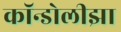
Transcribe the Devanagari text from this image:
कॉन्डोलीझा